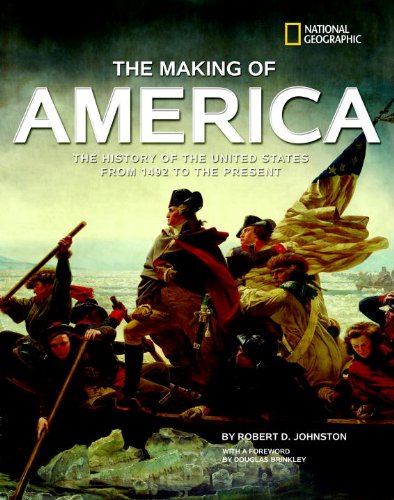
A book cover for The Making of America: The History of the United States from 1492 to the Present; Robert D. Johnston; Children's Books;